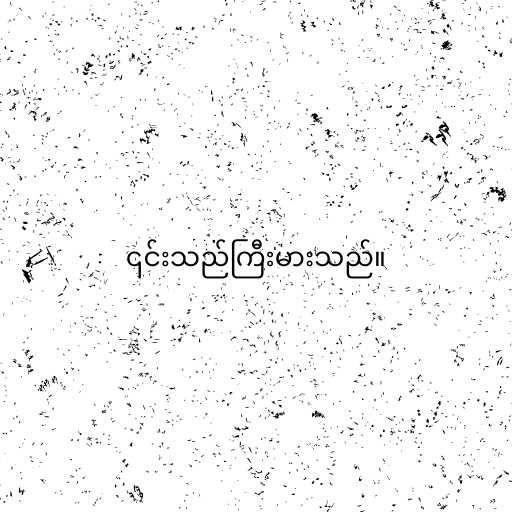
၎င်းသည်ကြီးမားသည်။